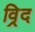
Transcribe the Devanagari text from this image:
व्रिद